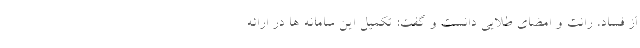
از فساد، رانت و امضای طلایی دانست و گفت: تکمیل این سامانه ها در ارائه